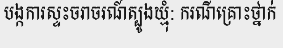
បង្កការស្ទះចរាចរណ៍ត្បូងឃ្មុំ: ករណីគ្រោះថ្នាក់